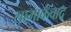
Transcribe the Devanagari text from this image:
लामार्कवाद